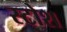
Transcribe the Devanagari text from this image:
स्टोश